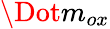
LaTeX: \Dot{m}_{ox}